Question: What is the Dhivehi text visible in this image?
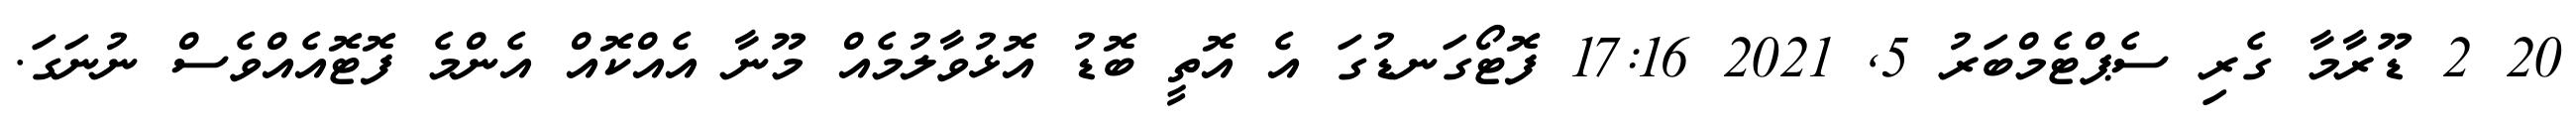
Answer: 20 2 ޑޫރާމާ ގެރި ސެޕްޓެމްބަރު 5, 2021 17:16 ފޮޓޯގަނޑުގަ އެ އޮތީ ބޮޑު އޮޅުވާލުމެއް މޫނާ އެއްކޮއް އެންމެ ފޮޓޮއެއްވެސް ނުނަގަ.